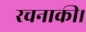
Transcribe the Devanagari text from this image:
रचनाकी।